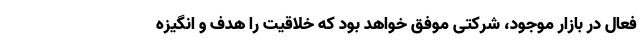
فعال در بازار موجود، شرکتی موفق خواهد بود که خلاقیت را هدف و انگیزه